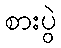
စားပွဲ